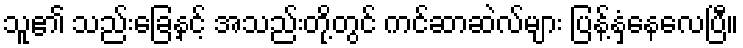
သူ၏ သည်းခြေနှင့် အသည်းတို့တွင် ကင်ဆာဆဲလ်များ ပြန့်နှံ့နေလေပြီ။